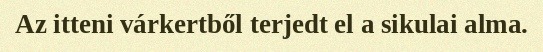
Az itteni várkertből terjedt el a sikulai alma.